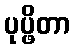
ပုပ္ဖိတာ